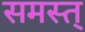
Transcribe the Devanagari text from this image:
समस्त्